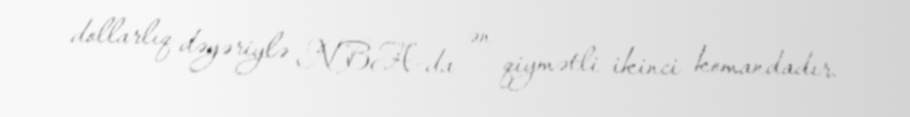
dollarlıq dəyəriylə NBA-da ən qiymətli ikinci komandadır.